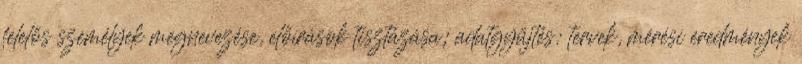
felelős személyek megnevezése, előírások tisztázása; adatgyűjtés: tervek, mérési eredmények